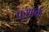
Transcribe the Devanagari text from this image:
फ़ुथ़ार्क